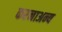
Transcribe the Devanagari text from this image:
करनाअन्य